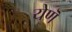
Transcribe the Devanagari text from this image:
येणॆ